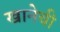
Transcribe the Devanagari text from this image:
खानेची